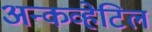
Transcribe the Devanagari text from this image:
अन्कव्हेटिल